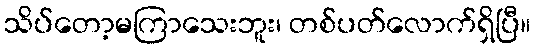
သိပ်တော့မကြာသေးဘူး၊ တစ်ပတ်လောက်ရှိပြီ။